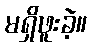
မရှိဖူးခဲ့။